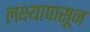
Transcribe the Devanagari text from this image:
लक्ष्यापासून